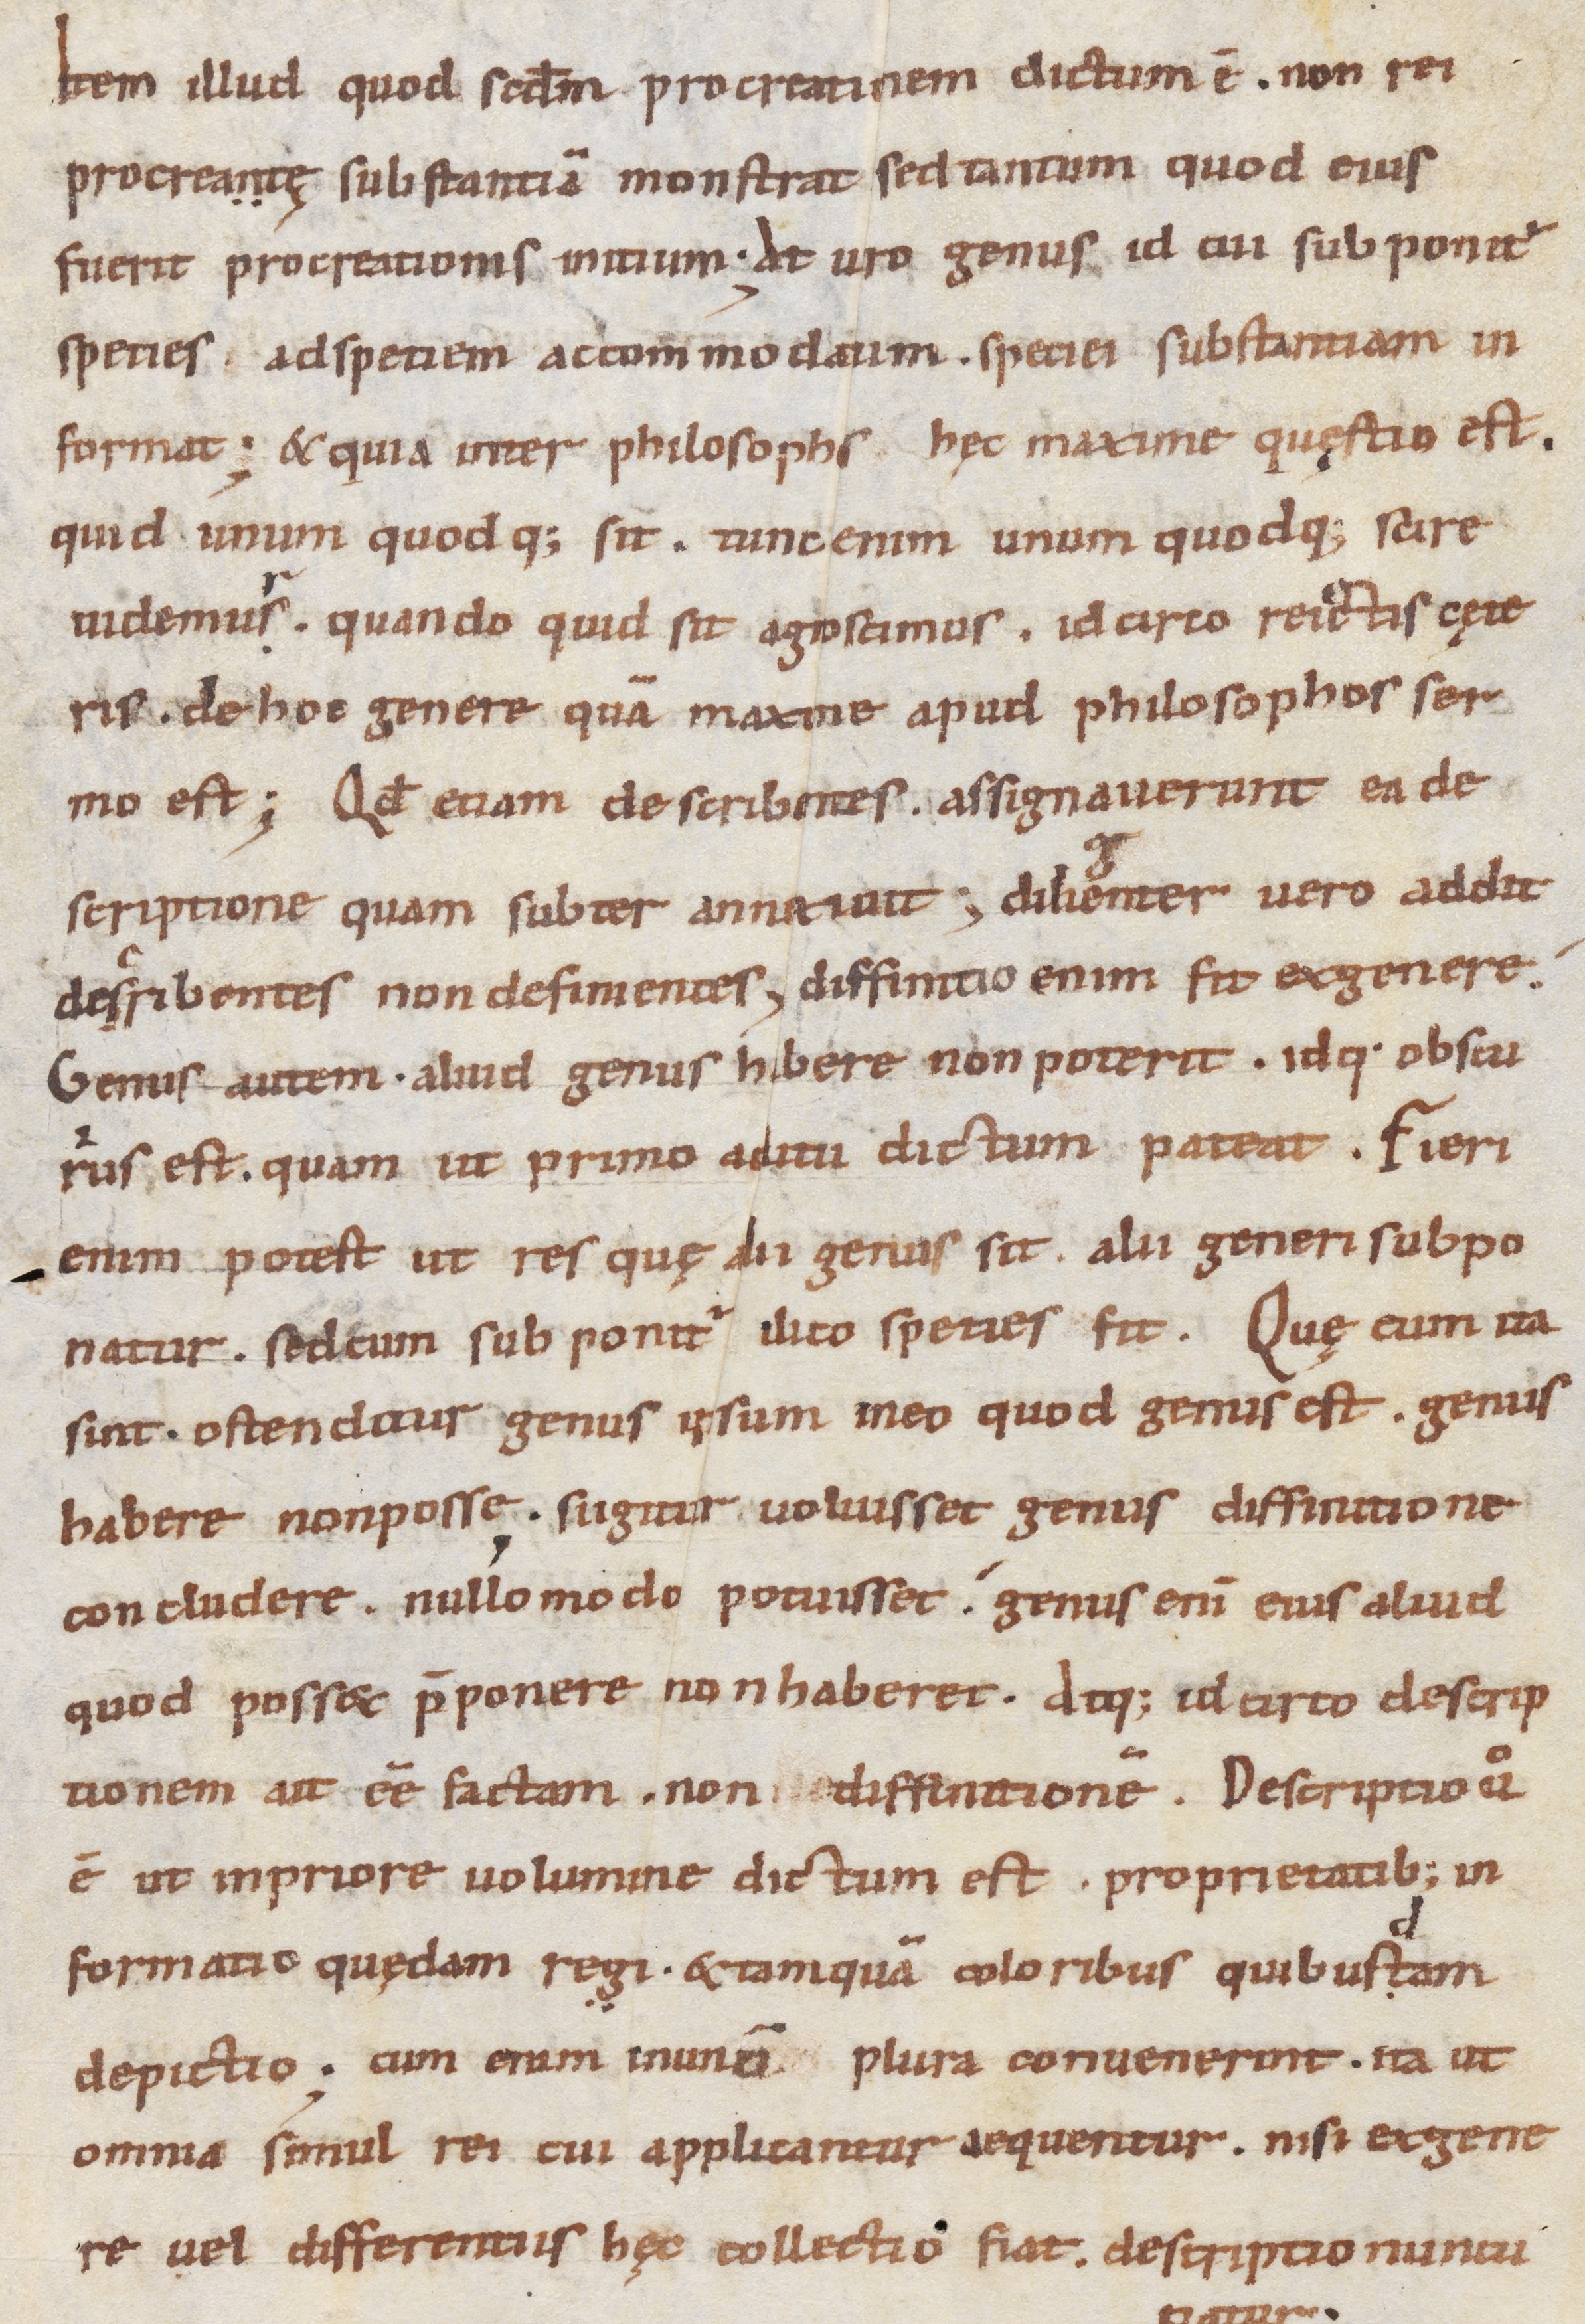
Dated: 900–999